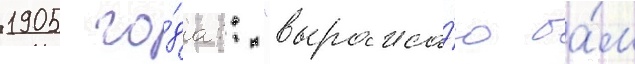
1905 го́да:: "выража́ю ва́м